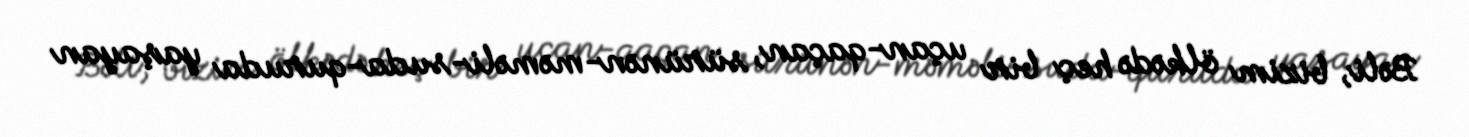
Bəli, bizim ölkədə heç bir uçan-qaçan, sürünən-məməli-suda-quruda yaşayan